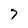
Character: 7